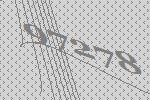
97278